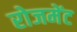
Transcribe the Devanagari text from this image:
रोजमेंट